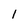
Character: 1